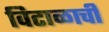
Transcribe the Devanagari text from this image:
विटाळाची